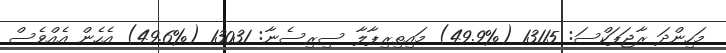
މަހިންދަ ރާޖަޕަކްސަ: 13115 (%49.9) މައިތިރިޕާލާ ސިރިސެނާ: 13031 (%49.6) އެހެން އެއްވެސް